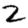
Digit: 2